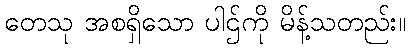
တေသု အစရှိသော ပါဌ်ကို မိန့်သတည်း။